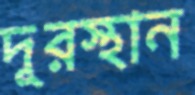
দূরস্থান